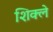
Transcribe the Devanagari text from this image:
शिक्ले